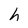
Character: h